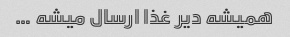
همیشه دیر غذا ارسال میشه …